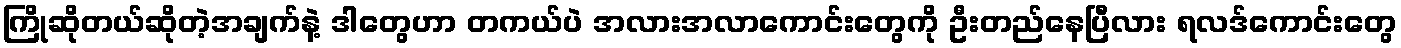
ကြိုဆိုတယ်ဆိုတဲ့အချက်နဲ့ ဒါတွေဟာ တကယ်ပဲ အလားအလာကောင်းတွေကို ဦးတည်နေပြီလား ရလဒ်ကောင်းတွေ